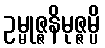
ဥမ္မုဇ္ဇနိမုဇ္ဇမ္ပိ